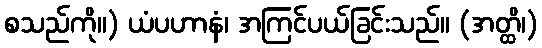
စသည်ကို။) ယံပဟာနံ၊ အကြင်ပယ်ခြင်းသည်။ (အတ္ထိ၊)